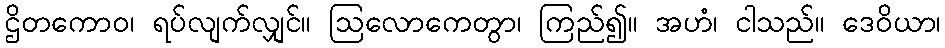
ဌိတကောဝ၊ ရပ်လျက်လျှင်။ ဩလောကေတွာ၊ ကြည်၍။ အဟံ၊ ငါသည်။ ဒေဝိယာ၊